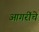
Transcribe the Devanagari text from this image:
आगरींचे